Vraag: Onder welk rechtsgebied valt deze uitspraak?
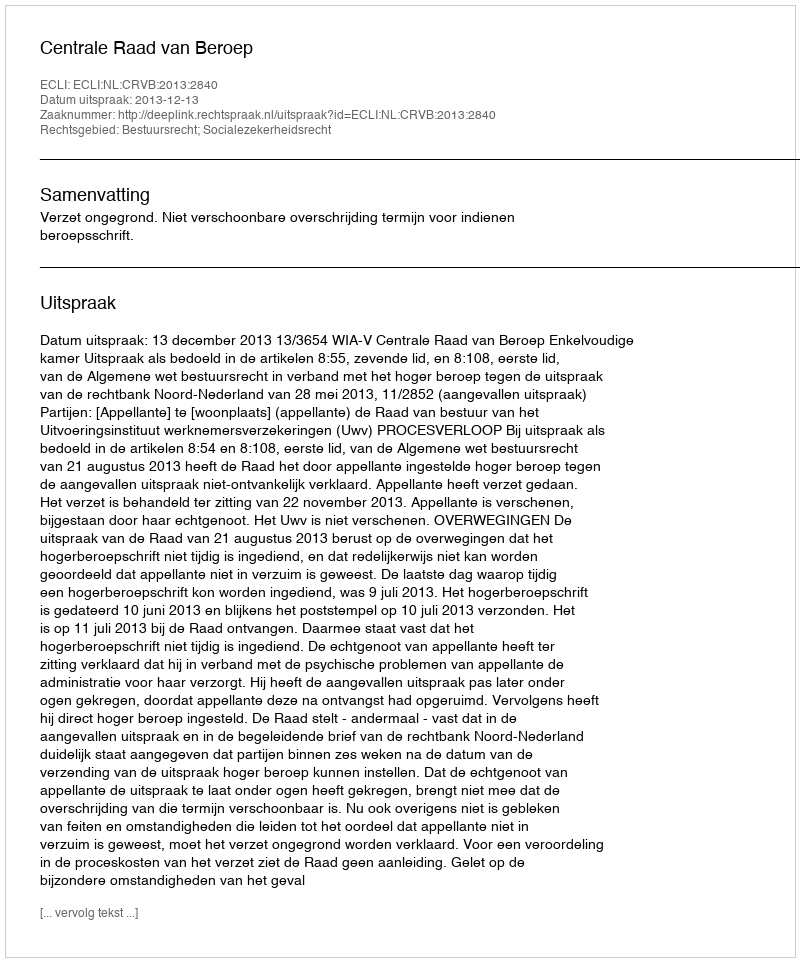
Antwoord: Bestuursrecht; Socialezekerheidsrecht